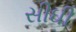
સીઘી